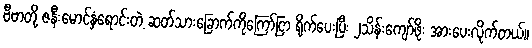
ဗီဗာတို့ ဇနီးမောင်နှံရောင်းတဲ့ ဆတ်သားခြောက်ကိုကြော်ငြာ ရိုက်ပေးပြီး ၂သိန်းကျော်ဖိုး အားပေးလိုက်တယ်၊၊